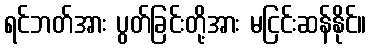
ရင်ဘတ်အား ပွတ်ခြင်းတို့အား မငြင်းဆန်နိုင်။